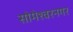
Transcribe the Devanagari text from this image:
सोमेश्वरनगर